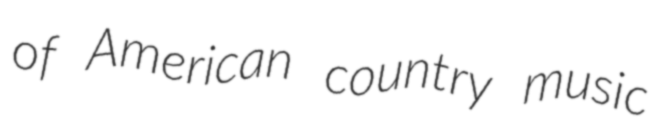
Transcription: of American country music